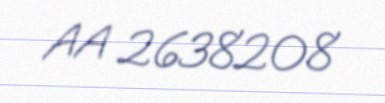
AA 2638208